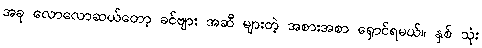
အခု လောလောဆယ်တော့ ခင်ဗျား အဆီ များတဲ့ အစားအစာ ရှောင်ရမယ်။ နှစ် သုံး